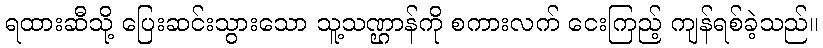
ရထားဆီသို့ ပြေးဆင်းသွားသော သူ့သဏ္ဌာန်ကို စကားလက် ငေးကြည့် ကျန်ရစ်ခဲ့သည်။